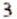
3